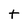
Character: t